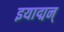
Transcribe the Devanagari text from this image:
इयाद्मन्